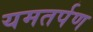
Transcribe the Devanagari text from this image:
यमतर्पण